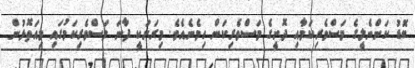
ބޮޑު ކަންނެލީގެ މަސްވެރިކަމާއި ދޮށީގެ މަސްވެރިކަން ހިމެނެއެވެ. މިރަށަކީ ފާނަ މަސްވެރިކަމުގައި މިއަތޮޅުން